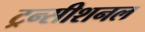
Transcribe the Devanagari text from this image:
ट्रन्सीशनल